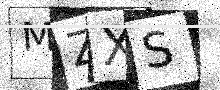
Text: MZXS